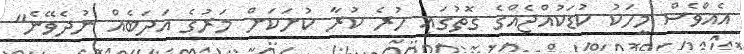
އެއްވެސް މީހަކު ކުޑަކުއްޖެއްގެ ގޮތުގައި ހުރެ ކުރާ ކުށަކަށް މަރުގެ އަދަބެއް ނުދެވޭނެ"